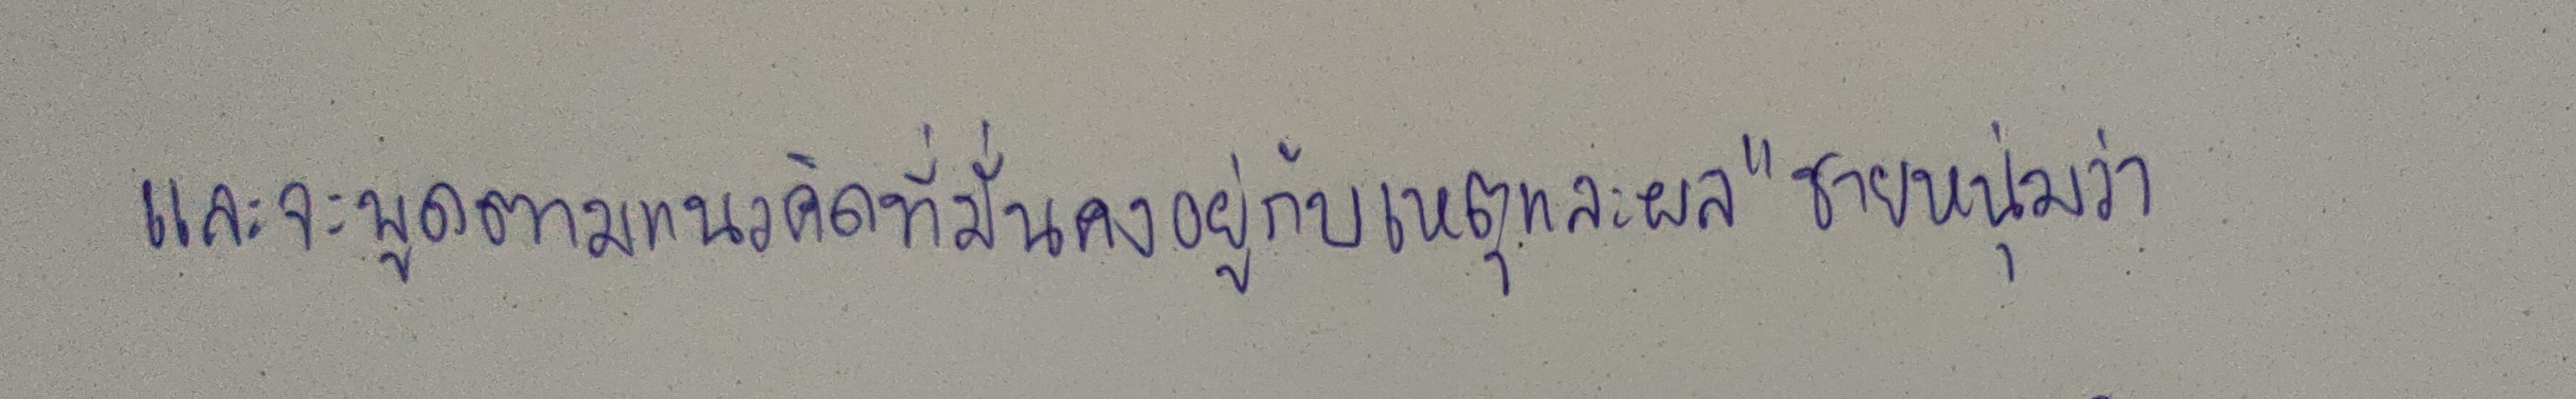
และจะพูดตามแนวคิดที่มั่นคงอยู่กับเหตุและผล"ชายหนุ่มว่า